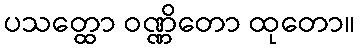
ပသတ္ထော ဝဏ္ဏိတော ထုတော။